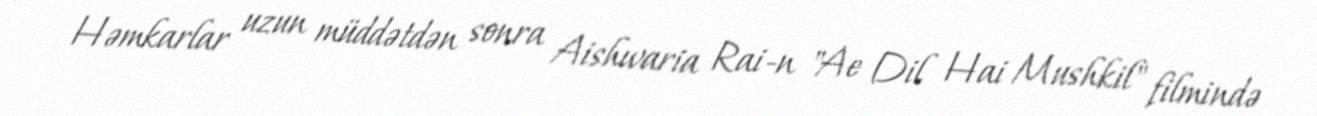
Həmkarlar uzun müddətdən sonra Aishwaria Rai-n "Ae Dil Hai Mushkil" filmində